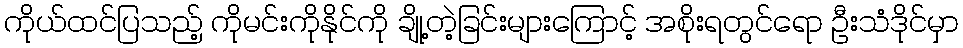
ကိုယ်ထင်ပြသည့် ကိုမင်းကိုနိုင်ကို ချို့တဲ့ခြင်းများကြောင့် အစိုးရတွင်ရော ဦးသံဒိုင်မှာ